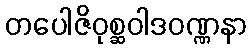
တပေါဇိဝုစ္ဆဝါဒဝဏ္ဏနာ